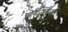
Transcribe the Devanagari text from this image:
सेनैत्तलैवर्